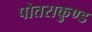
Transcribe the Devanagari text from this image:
पोतराकुण्ड